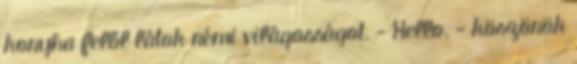
konyha felől látok némi világosságot. - Hello. - köszönök